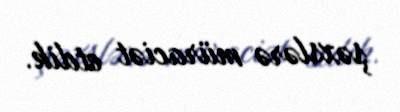
şəxslərə müraciət etdik.